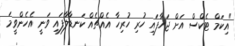
"އިކަމް ޓެކްސް އަށް ޖަހާފައި ހުރި ހުރިހާ އެއްޗެއް ކަނޑާލާފައި ވަނީ އެހެންވީމަ